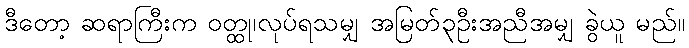
ဒီတော့ ဆရာကြီးက ဝတ္ထု၊လုပ်ရသမျှ အမြတ်၃ဦးအညီအမျှ ခွဲယူ မည်။